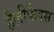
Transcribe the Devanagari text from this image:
हैलीफैक्स